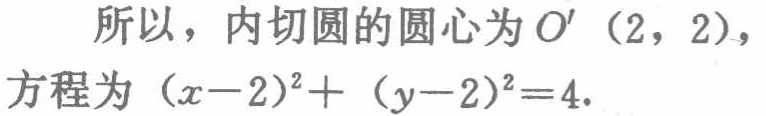
所以，内切圆的圆心为\(O'\ (2,2)\)，方程为\((x - 2)^2 + (y - 2)^2 = 4\).